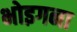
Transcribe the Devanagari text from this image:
भोइगना